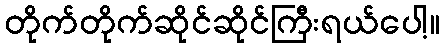
တိုက်တိုက်ဆိုင်ဆိုင်ကြီးရယ်ပေါ့။